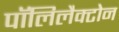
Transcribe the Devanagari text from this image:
पॉलिलैक्टोन